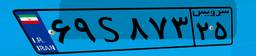
۶۹S۸۷۳۲۵